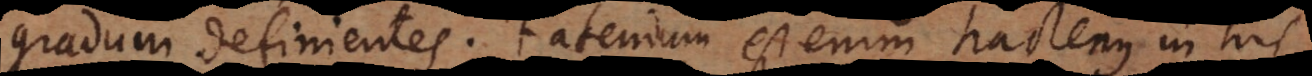
gradum definientes. Fatendum est enim hactenus in his